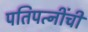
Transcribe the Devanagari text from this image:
पतिपत्‍नींची